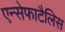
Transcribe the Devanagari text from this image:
एन्सेफाटैलिस